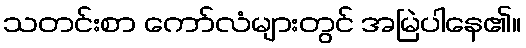
သတင်းစာ ကော်လံများတွင် အမြဲပါနေ၏။